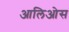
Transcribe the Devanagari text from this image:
आलिओस